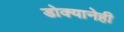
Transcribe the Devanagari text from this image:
डोक्यानेही